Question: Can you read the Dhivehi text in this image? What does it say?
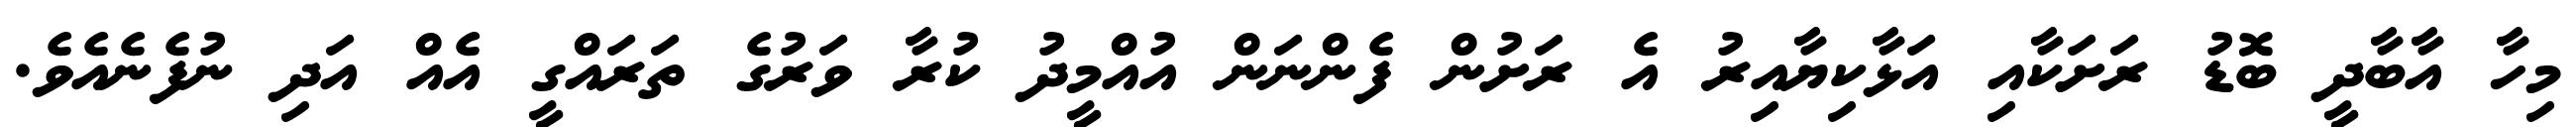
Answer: މިހާ އާބާދީ ބޮޑު ރަށަކާއި އަޅާކިޔާއިރު އެ ރަށުން ފެންނަން އުއްމީދު ކުރާ ވަރުގެ ތަރައްގީ އެއް އަދި ނުފެނެއެވެ.